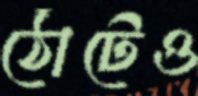
ঠোঁটেও